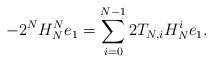
\begin{align*} -2^N H_N^N e_1 = \sum\limits_{i=0}^{N-1} 2T_{N,i} H_N^i e_1.\end{align*}